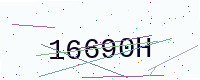
Text: 16690H